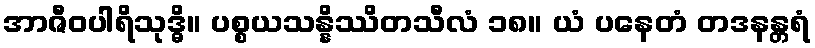
အာဇီဝပါရိသုဒ္ဓိ။ ပစ္စယသန္နိဿိတသီလံ ၁၈။ ယံ ပနေတံ တဒနန္တရံ